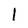
Character: l